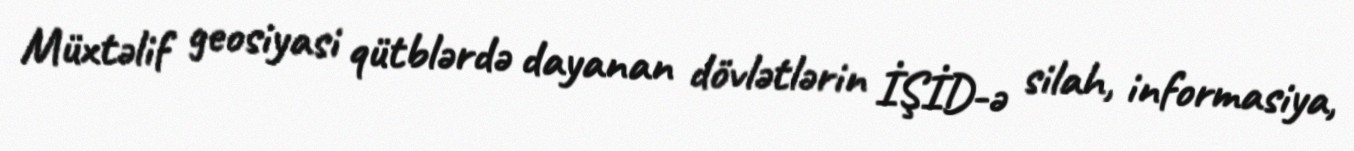
Müxtəlif geosiyasi qütblərdə dayanan dövlətlərin İŞİD-ə silah, informasiya,